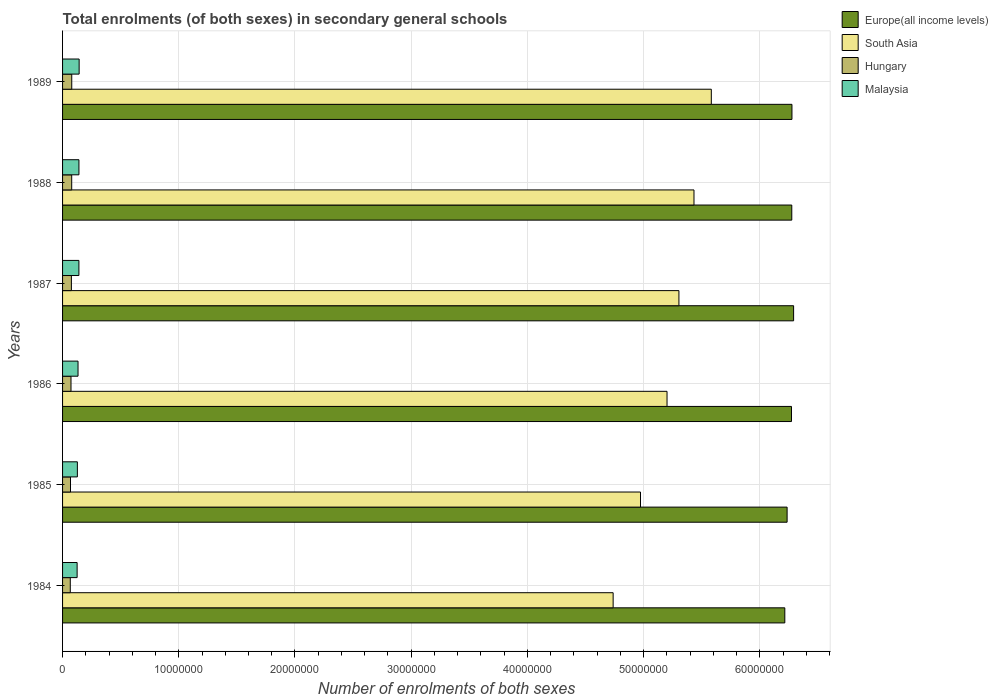
| Years | Europe(all income levels) | South Asia | Hungary | Malaysia |
 | --- | --- | --- | --- | --- |
 | 1984 | 6.22e+07 | 4.74e+07 | 6.63e+05 | 1.25e+06 |
 | 1985 | 6.24e+07 | 4.97e+07 | 6.83e+05 | 1.27e+06 |
 | 1986 | 6.27e+07 | 5.2e+07 | 7.26e+05 | 1.33e+06 |
 | 1987 | 6.29e+07 | 5.3e+07 | 7.6e+05 | 1.41e+06 |
 | 1988 | 6.28e+07 | 5.43e+07 | 7.86e+05 | 1.41e+06 |
 | 1989 | 6.28e+07 | 5.58e+07 | 7.9e+05 | 1.43e+06 |